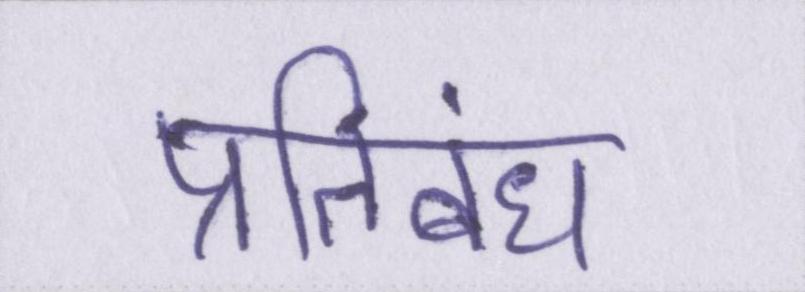
प्रतिबंध